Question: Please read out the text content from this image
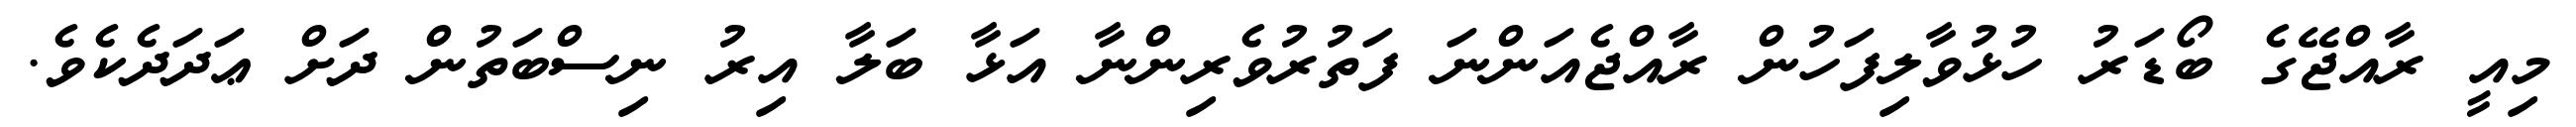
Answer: މިއީ ރާއްޖޭގެ ބޯޑަރު ހުޅުވާލިފަހުން ރާއްޖެއަންނަ ފަތުރުވެރިންނާ އަޅާ ބަލާ އިރު ނިސްބަތުން ދަށް ޢަދަދެކެވެ.